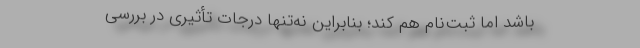
باشد اما ثبت‌نام هم کند؛‌ بنابراین نه‌تنها درجات تأثیری در بررسی